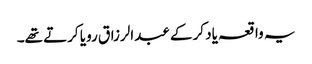
یہ واقعہ یاد کرکے عبدالرزاق رویا کرتے تھے۔